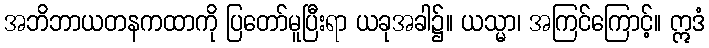
အဘိဘာယတနကထာကို ပြတော်မူပြီးရာ ယခုအခါ၌။ ယသ္မာ၊ အကြင်ကြောင့်။ ဣဒံ